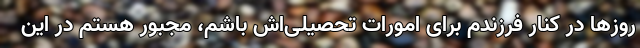
روزها در کنار فرزندم برای امورات تحصیلی‌اش باشم، مجبور هستم در این